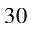
3 0